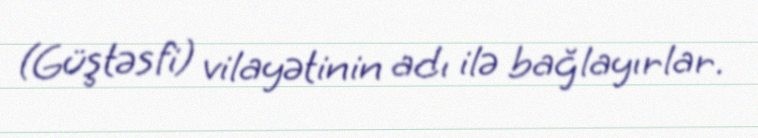
(Güştəsfi) vilayətinin adı ilə bağlayırlar.